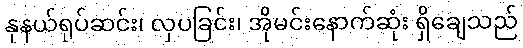
နုနယ်ရုပ်ဆင်း၊ လှပခြင်း၊ အိုမင်းနောက်ဆုံး ရှိချေသည်